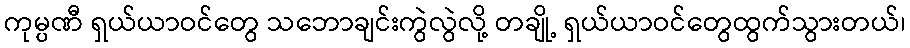
ကုမ္ပဏီ ရှယ်ယာဝင်တွေ သဘောချင်းကွဲလွဲလို့ တချို့ ရှယ်ယာဝင်တွေထွက်သွားတယ်၊